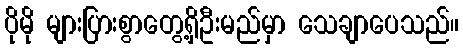
ပိုမို များပြားစွာတွေ့ရှိဦးမည်မှာ သေချာပေသည်။